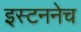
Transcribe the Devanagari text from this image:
इस्टननेच